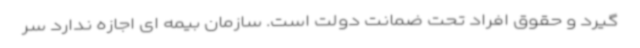
گیرد و حقوق افراد تحت ضمانت دولت است. سازمان بیمه ای اجازه ندارد سر